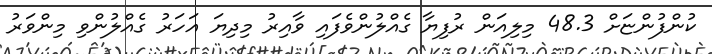
ކުންފުންޏަށް 48.3 މިލިއަން ރުފިޔާ ގެއްލުންވެފައި ވާއިރު މިދިޔަ އަހަރު ގެއްލުންވި މިންވަރު